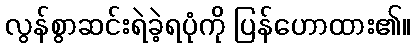
လွန်စွာဆင်းရဲခဲ့ရပုံကို ပြန်ဟောထား၏။